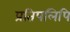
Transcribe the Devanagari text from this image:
प्रतिपलिपि